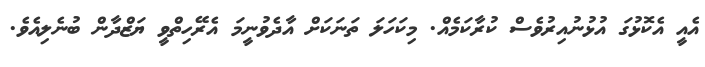
އެއީ އެކޮޅުގަ އުޅުނުއިރުވެސް ކުރާކަމެއް. މިކަހަލަ ތަނަކަށް އާދެވުނީމަ އެރޭހިތްވީ ޔަޒްދާން ބުނެލިއެވެ.